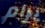
يرام